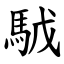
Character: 䮅